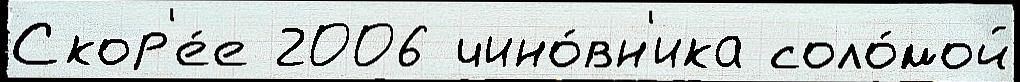
Скор'е́е 2006 чино́вн'ика соло́мой